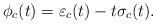
LaTeX: \begin{align*}\phi_c(t) = \varepsilon_c(t) - t\sigma_c(t).\end{align*}